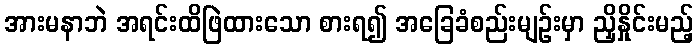
အားမနာဘဲ အရင်းထိဖြဲထားသော စားရ၍ အခြေခံစည်းမျဉ်းမှာ ညှိနှိုင်းမည့်